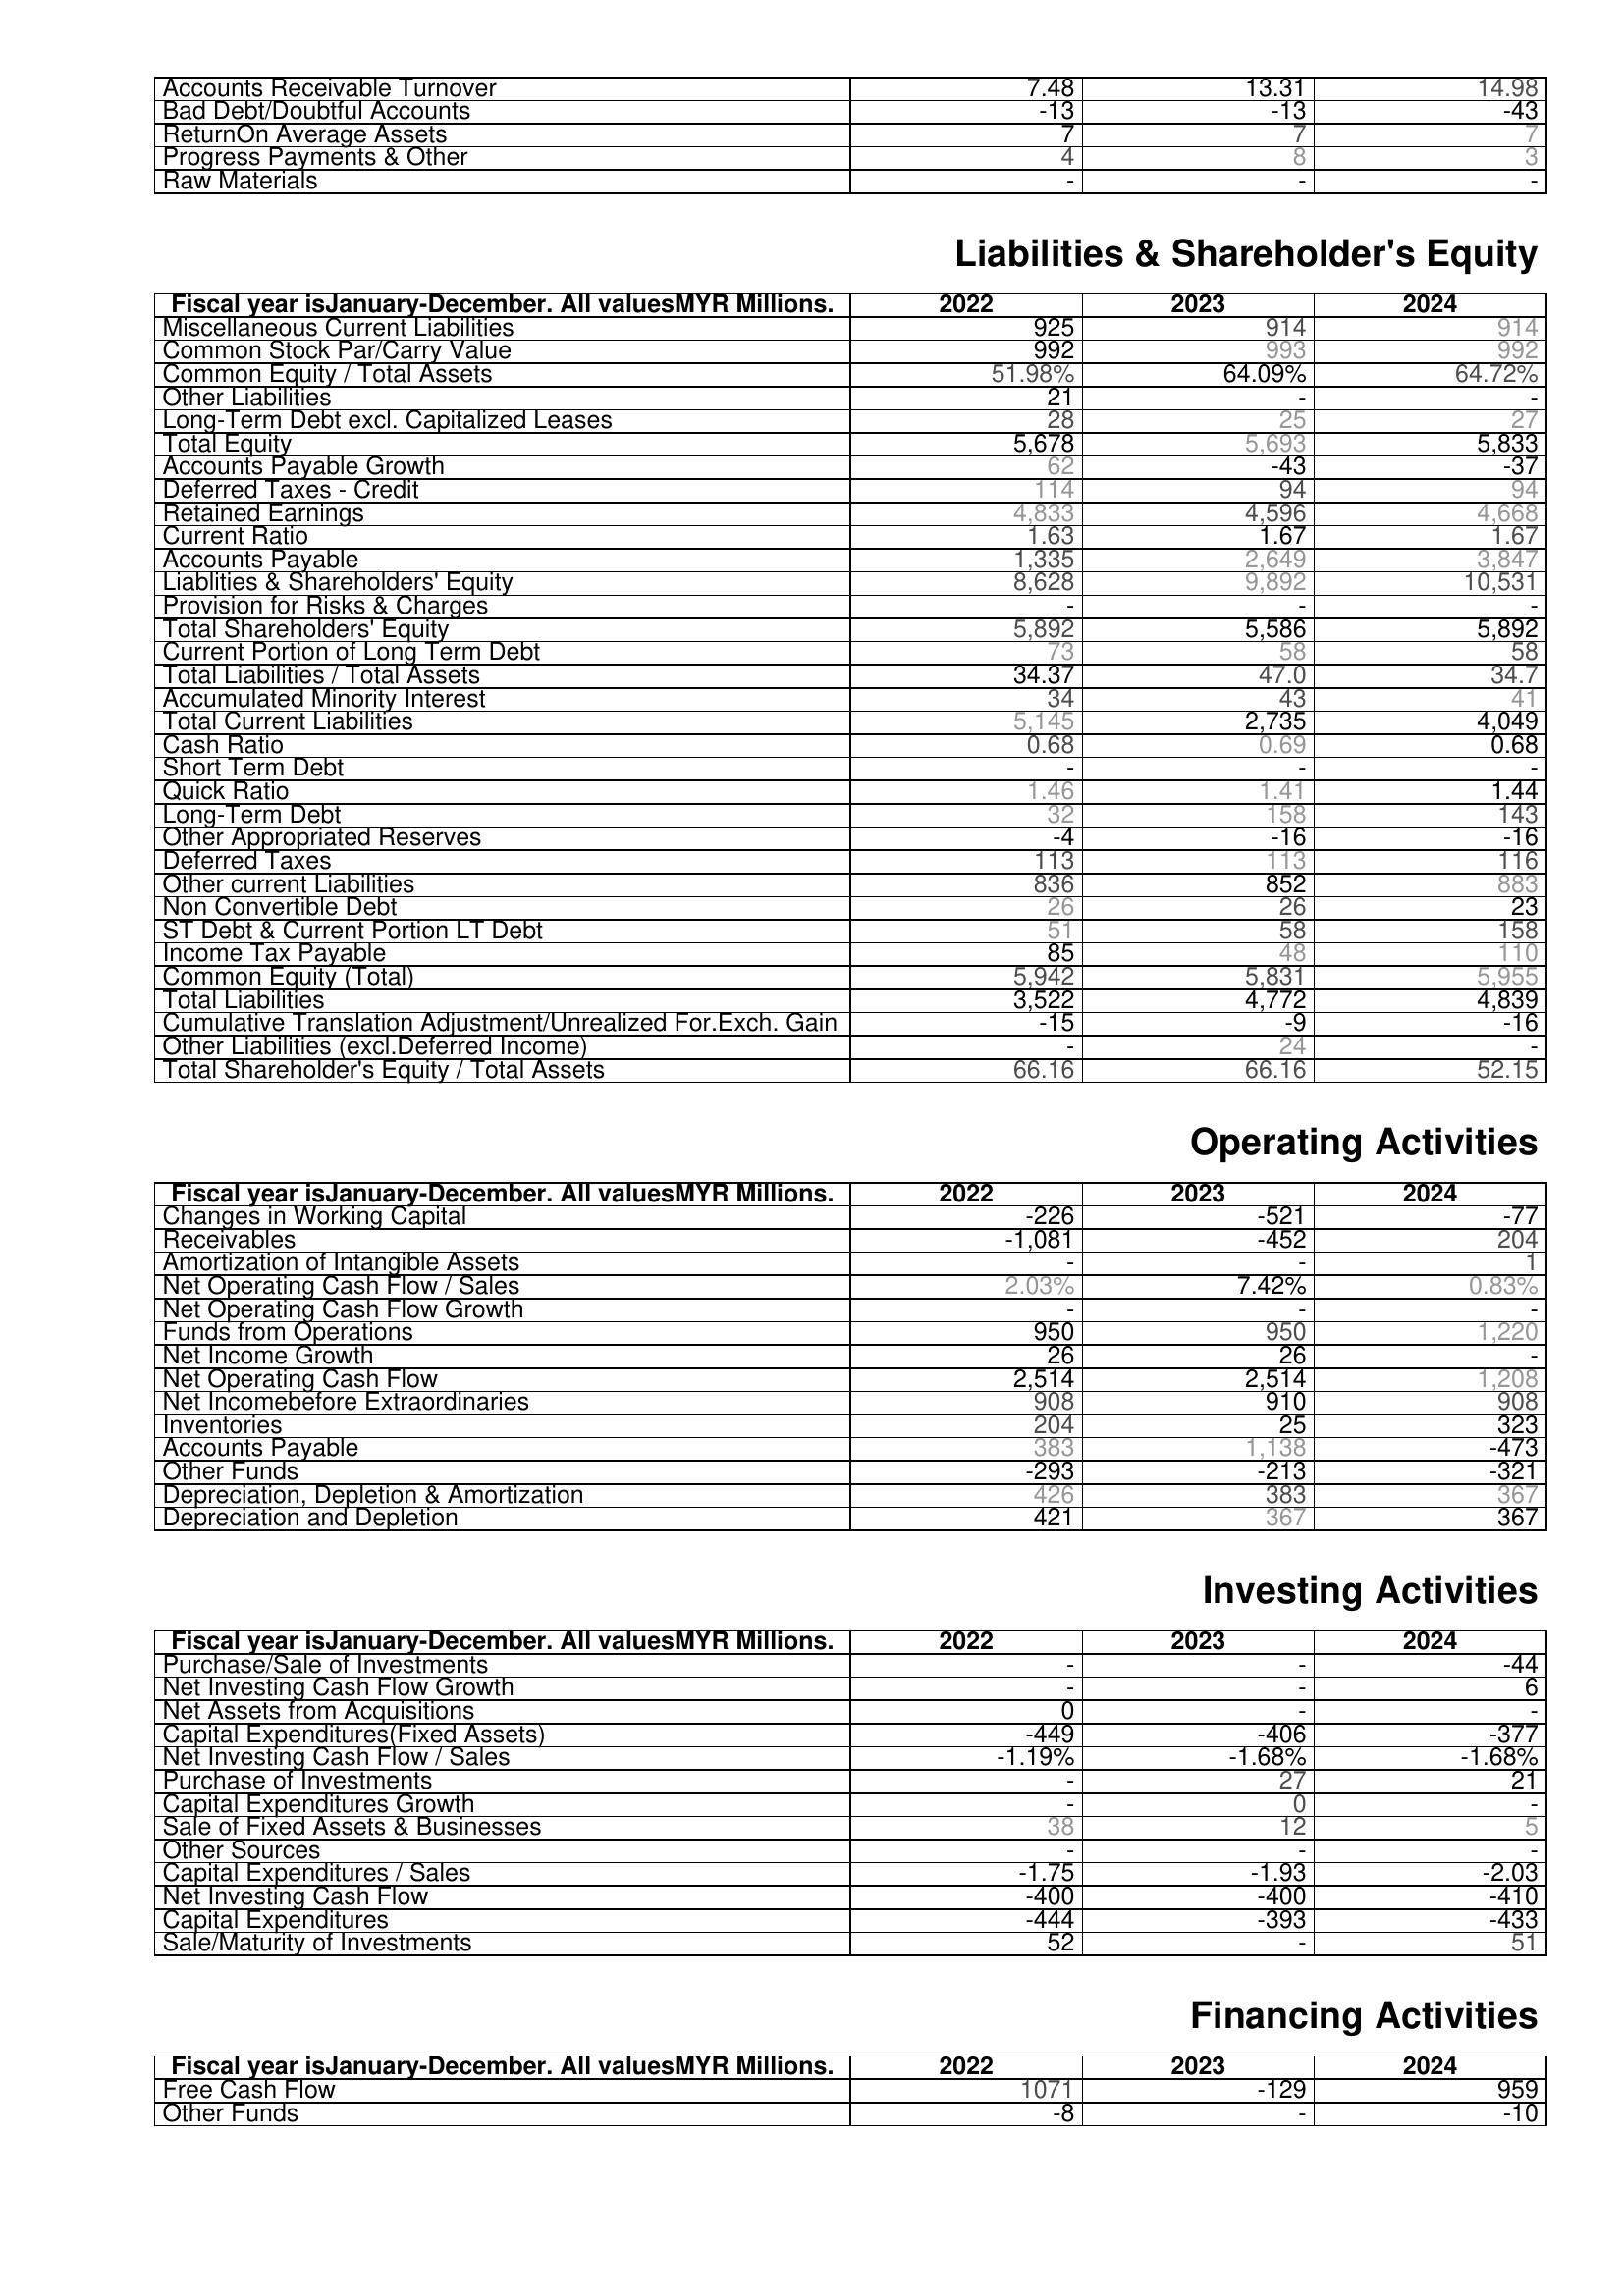
2022: Assets: Accounts Receivable Turnover: 7.48
Bad Debt/Doubtful Accounts: -13
ReturnOn Average Assets: 7
Progress Payments & Other: 4
Raw Materials: -
Liabilities & Shareholder's Equity: Miscellaneous Current Liabilities: 925
Common Stock Par/Carry Value: 992
Common Equity / Total Assets: 51.98%
Other Liabilities: 21
Long-Term Debt excl. Capitalized Leases: 28
Total Equity: 5,678
Accounts Payable Growth: 62
Deferred Taxes - Credit: 114
Retained Earnings: 4,833
Current Ratio: 1.63
Accounts Payable: 1,335
Liablities & Shareholders' Equity: 8,628
Provision for Risks & Charges: -
Total Shareholders' Equity: 5,892
Current Portion of Long Term Debt: 73
Total Liabilities / Total Assets: 34.37
Accumulated Minority Interest: 34
Total Current Liabilities: 5,145
Cash Ratio: 0.68
Short Term Debt: -
Quick Ratio: 1.46
Long-Term Debt: 32
Other Appropriated Reserves: -4
Deferred Taxes: 113
Other current Liabilities: 836
Non Convertible Debt: 26
ST Debt & Current Portion LT Debt: 51
Income Tax Payable: 85
Common Equity (Total): 5,942
Total Liabilities: 3,522
Cumulative Translation Adjustment/Unrealized For.Exch. Gain: -15
Other Liabilities (excl.Deferred Income): -
Total Shareholder's Equity / Total Assets: 66.16
Operating Activities: Changes in Working Capital: -226
Receivables: -1,081
Amortization of Intangible Assets: -
Net Operating Cash Flow / Sales: 2.03%
Net Operating Cash Flow Growth: -
Funds from Operations: 950
Net Income Growth: 26
Net Operating Cash Flow: 2,514
Net Incomebefore Extraordinaries: 908
Inventories: 204
Accounts Payable: 383
Other Funds: -293
Depreciation, Depletion & Amortization: 426
Depreciation and Depletion: 421
Investing Activities: Purchase/Sale of Investments: -
Net Investing Cash Flow Growth: -
Net Assets from Acquisitions: 0
Capital Expenditures(Fixed Assets): -449
Net Investing Cash Flow / Sales: -1.19%
Purchase of Investments: -
Capital Expenditures Growth: -
Sale of Fixed Assets & Businesses: 38
Other Sources: -
Capital Expenditures / Sales: -1.75
Net Investing Cash Flow: -400
Capital Expenditures: -444
Sale/Maturity of Investments: 52
Financing Activities: Free Cash Flow: 1071
Other Funds: -8
2023: Assets: Accounts Receivable Turnover: 13.31
Bad Debt/Doubtful Accounts: -13
ReturnOn Average Assets: 7
Progress Payments & Other: 8
Raw Materials: -
Liabilities & Shareholder's Equity: Miscellaneous Current Liabilities: 914
Common Stock Par/Carry Value: 993
Common Equity / Total Assets: 64.09%
Other Liabilities: -
Long-Term Debt excl. Capitalized Leases: 25
Total Equity: 5,693
Accounts Payable Growth: -43
Deferred Taxes - Credit: 94
Retained Earnings: 4,596
Current Ratio: 1.67
Accounts Payable: 2,649
Liablities & Shareholders' Equity: 9,892
Provision for Risks & Charges: -
Total Shareholders' Equity: 5,586
Current Portion of Long Term Debt: 58
Total Liabilities / Total Assets: 47.0
Accumulated Minority Interest: 43
Total Current Liabilities: 2,735
Cash Ratio: 0.69
Short Term Debt: -
Quick Ratio: 1.41
Long-Term Debt: 158
Other Appropriated Reserves: -16
Deferred Taxes: 113
Other current Liabilities: 852
Non Convertible Debt: 26
ST Debt & Current Portion LT Debt: 58
Income Tax Payable: 48
Common Equity (Total): 5,831
Total Liabilities: 4,772
Cumulative Translation Adjustment/Unrealized For.Exch. Gain: -9
Other Liabilities (excl.Deferred Income): 24
Total Shareholder's Equity / Total Assets: 66.16
Operating Activities: Changes in Working Capital: -521
Receivables: -452
Amortization of Intangible Assets: -
Net Operating Cash Flow / Sales: 7.42%
Net Operating Cash Flow Growth: -
Funds from Operations: 950
Net Income Growth: 26
Net Operating Cash Flow: 2,514
Net Incomebefore Extraordinaries: 910
Inventories: 25
Accounts Payable: 1,138
Other Funds: -213
Depreciation, Depletion & Amortization: 383
Depreciation and Depletion: 367
Investing Activities: Purchase/Sale of Investments: -
Net Investing Cash Flow Growth: -
Net Assets from Acquisitions: -
Capital Expenditures(Fixed Assets): -406
Net Investing Cash Flow / Sales: -1.68%
Purchase of Investments: 27
Capital Expenditures Growth: 0
Sale of Fixed Assets & Businesses: 12
Other Sources: -
Capital Expenditures / Sales: -1.93
Net Investing Cash Flow: -400
Capital Expenditures: -393
Sale/Maturity of Investments: -
Financing Activities: Free Cash Flow: -129
Other Funds: -
2024: Assets: Accounts Receivable Turnover: 14.98
Bad Debt/Doubtful Accounts: -43
ReturnOn Average Assets: 7
Progress Payments & Other: 3
Raw Materials: -
Liabilities & Shareholder's Equity: Miscellaneous Current Liabilities: 914
Common Stock Par/Carry Value: 992
Common Equity / Total Assets: 64.72%
Other Liabilities: -
Long-Term Debt excl. Capitalized Leases: 27
Total Equity: 5,833
Accounts Payable Growth: -37
Deferred Taxes - Credit: 94
Retained Earnings: 4,668
Current Ratio: 1.67
Accounts Payable: 3,847
Liablities & Shareholders' Equity: 10,531
Provision for Risks & Charges: -
Total Shareholders' Equity: 5,892
Current Portion of Long Term Debt: 58
Total Liabilities / Total Assets: 34.7
Accumulated Minority Interest: 41
Total Current Liabilities: 4,049
Cash Ratio: 0.68
Short Term Debt: -
Quick Ratio: 1.44
Long-Term Debt: 143
Other Appropriated Reserves: -16
Deferred Taxes: 116
Other current Liabilities: 883
Non Convertible Debt: 23
ST Debt & Current Portion LT Debt: 158
Income Tax Payable: 110
Common Equity (Total): 5,955
Total Liabilities: 4,839
Cumulative Translation Adjustment/Unrealized For.Exch. Gain: -16
Other Liabilities (excl.Deferred Income): -
Total Shareholder's Equity / Total Assets: 52.15
Operating Activities: Changes in Working Capital: -77
Receivables: 204
Amortization of Intangible Assets: 1
Net Operating Cash Flow / Sales: 0.83%
Net Operating Cash Flow Growth: -
Funds from Operations: 1,220
Net Income Growth: -
Net Operating Cash Flow: 1,208
Net Incomebefore Extraordinaries: 908
Inventories: 323
Accounts Payable: -473
Other Funds: -321
Depreciation, Depletion & Amortization: 367
Depreciation and Depletion: 367
Investing Activities: Purchase/Sale of Investments: -44
Net Investing Cash Flow Growth: 6
Net Assets from Acquisitions: -
Capital Expenditures(Fixed Assets): -377
Net Investing Cash Flow / Sales: -1.68%
Purchase of Investments: 21
Capital Expenditures Growth: -
Sale of Fixed Assets & Businesses: 5
Other Sources: -
Capital Expenditures / Sales: -2.03
Net Investing Cash Flow: -410
Capital Expenditures: -433
Sale/Maturity of Investments: 51
Financing Activities: Free Cash Flow: 959
Other Funds: -10